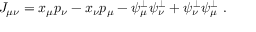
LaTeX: J _ { \mu \nu } = x _ { \mu } p _ { \nu } - x _ { \nu } p _ { \mu } - \psi _ { \mu } ^ { \perp } \psi _ { \nu } ^ { \perp } + \psi _ { \nu } ^ { \perp } \psi _ { \mu } ^ { \perp } \ .